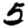
Digit: 5